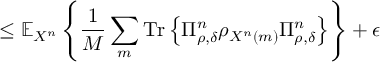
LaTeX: \leq \mathbb { E } _ { X ^ { n } } \left\{ { \frac { 1 } { M } } \sum _ { m } { \mathrm { T r } } \left\{ \Pi _ { \rho , \delta } ^ { n } \rho _ { X ^ { n } \left( m \right) } \Pi _ { \rho , \delta } ^ { n } \right\} \right\} + \epsilon